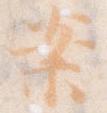
案